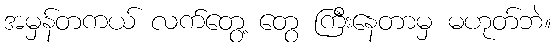
အမှန်တကယ် လက်တွေ့ တွေ ကြီးနေတာမှ မဟုတ်ဘဲ။